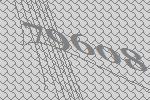
79608